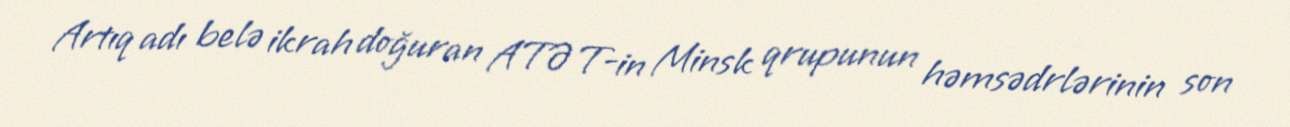
Artıq adı belə ikrah doğuran ATƏT-in Minsk qrupunun həmsədrlərinin son